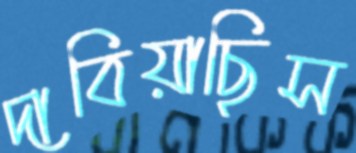
দাবিয়াছিস